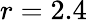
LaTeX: r=2.4